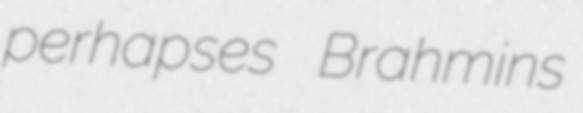
perhapses Brahmins